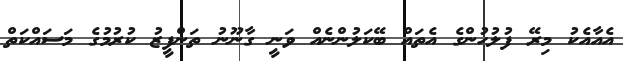
އެއާއެކު މިރޭ ފުލުހުންގެ އެތައް ބޭކަލުންނެއް ވަނީ ގާނޫނު ތަންފީޒު ކުރުމުގެ މަސައްކަތް